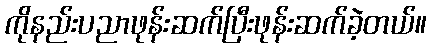
ကိုနည်းပညာဖုန်းဆက်ပြီးဖုန်းဆက်ခဲ့တယ်။